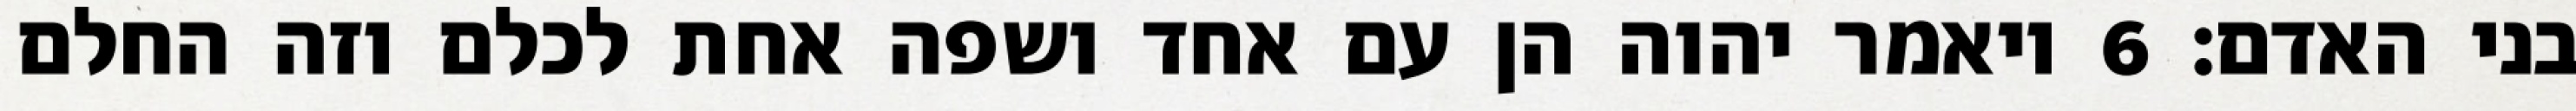
בני האדם׃ ‎6‏ ויאמר יהוה הן עם אחד ושפה אחת לכלם וזה החלם